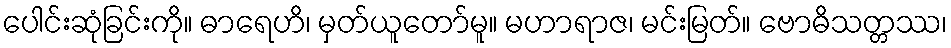
ပေါင်းဆုံခြင်းကို။ ဓာရေဟိ၊ မှတ်ယူတော်မူ။ မဟာရာဇ၊ မင်းမြတ်။ ဗောဓိသတ္တဿ၊